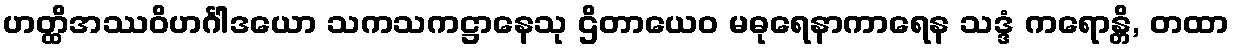
ဟတ္ထိအဿဝိဟင်္ဂါဒယော သကသကဋ္ဌာနေသု ဌိတာယေဝ မဓုရေနာကာရေန သဒ္ဒံ ကရောန္တိ, တထာ